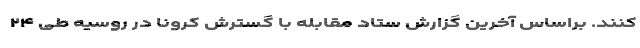
کنند. براساس آخرین گزارش ستاد مقابله با گسترش کرونا در روسیه طی ۲۴